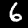
Label: 6